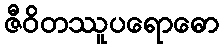
ဇီဝိတဿူပရောဓော